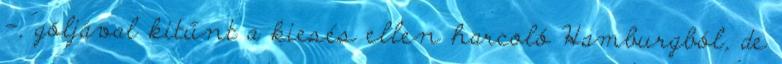
-, góljával kitűnt a kiesés ellen harcoló Hamburgból, de